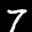
Label: 7